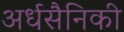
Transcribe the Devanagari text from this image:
अर्धसैनिकी